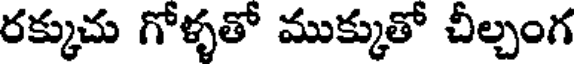
రక్కుచు గోళ్ళతో ముక్కుతో చీల్చంగ